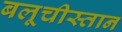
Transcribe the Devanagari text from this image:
बलूचीस्तान